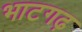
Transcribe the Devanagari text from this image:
भाटगढ़